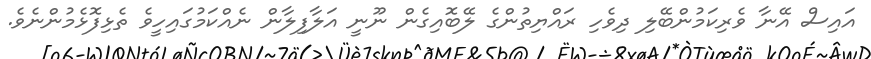
އައިސް އޭނާ ވެރިކަމުންބޭލި ދިވެހި ރައްޔިތުންގެ ލޭބޮއިގެން ނޫނީ އަލާފިލާން ނެއްކަމުގައިހީވެ ތެޅިފޮޅެމުންނެވެ.